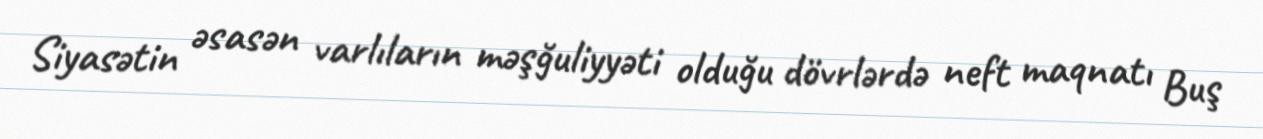
Siyasətin əsasən varlıların məşğuliyyəti olduğu dövrlərdə neft maqnatı Buş